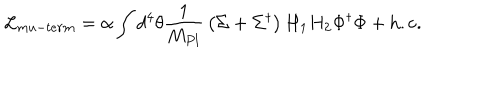
LaTeX: { \cal L } _ { m u - t e r m } = \alpha \int d ^ { 4 } \theta { \frac { 1 } { M _ { P l } } } \left( \Sigma + \Sigma ^ { \dagger } \right) H _ { 1 } H _ { 2 } \Phi ^ { \dagger } \Phi + \mathrm { h . c . }